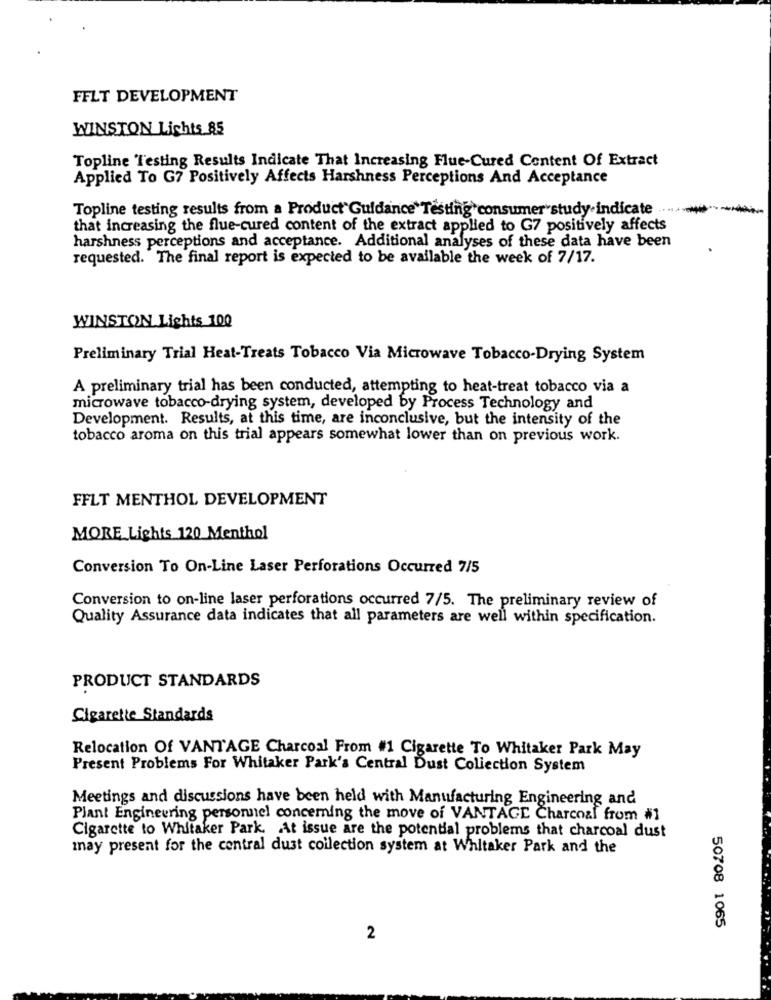
FFLT DEVELOPMENT
WINSTON Lights 85
Topline Testing Results Indicate That Increasing Flue-Cured Content Of Extract
Applied To G7 Positively Affects Harshness Perceptions And Acceptance
Topline testing results from a Product Guidance" Testing consumer study.indicate
that increasing the flue-cured content of the extract applied to G7 positively affects
harshness perceptions and acceptance. Additional analyses of these data have been
requested. The final report is expected to be available the week of 7/17.
WINSTON Lights 100
Preliminary Trial Heat-Treats Tobacco Via Microwave Tobacco-Drying System
A preliminary trial has been conducted, attempting to heat-treat tobacco via a
microwave tobacco-drying system, developed by Process Technology and
Development. Results, at this time, are inconclusive, but the intensity of the
tobacco aroma on this trial appears somewhat lower than on previous work.
FFLT MENTHOL DEVELOPMENT
MORE Lights 120 Menthol
Conversion To On-Line Laser Perforations Occurred 7/5
Conversion to on-line laser perforations occurred 7/5. The preliminary review of
Quality Assurance data indicates that all parameters are well within specification.
PRODUCT STANDARDS
Cigarette Standards
Relocation Of VANTAGE Charcoal From #1 Cigarette To Whitaker Park May
Present Problems For Whitaker Park's Central Dust Collection System
Meetings and discussions have been held with Manufacturing Engineering and
Plant Engineering personnel concerning the move of VANTAGE Charcoal from #1
Cigarette to Whitaker Park. At issue are the potential problems that charcoal dust
may present for the central dust collection system at Whitaker Park and the
50708 1065
2